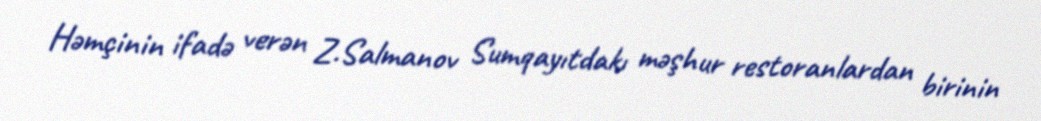
Həmçinin ifadə verən Z.Salmanov Sumqayıtdakı məşhur restoranlardan birinin